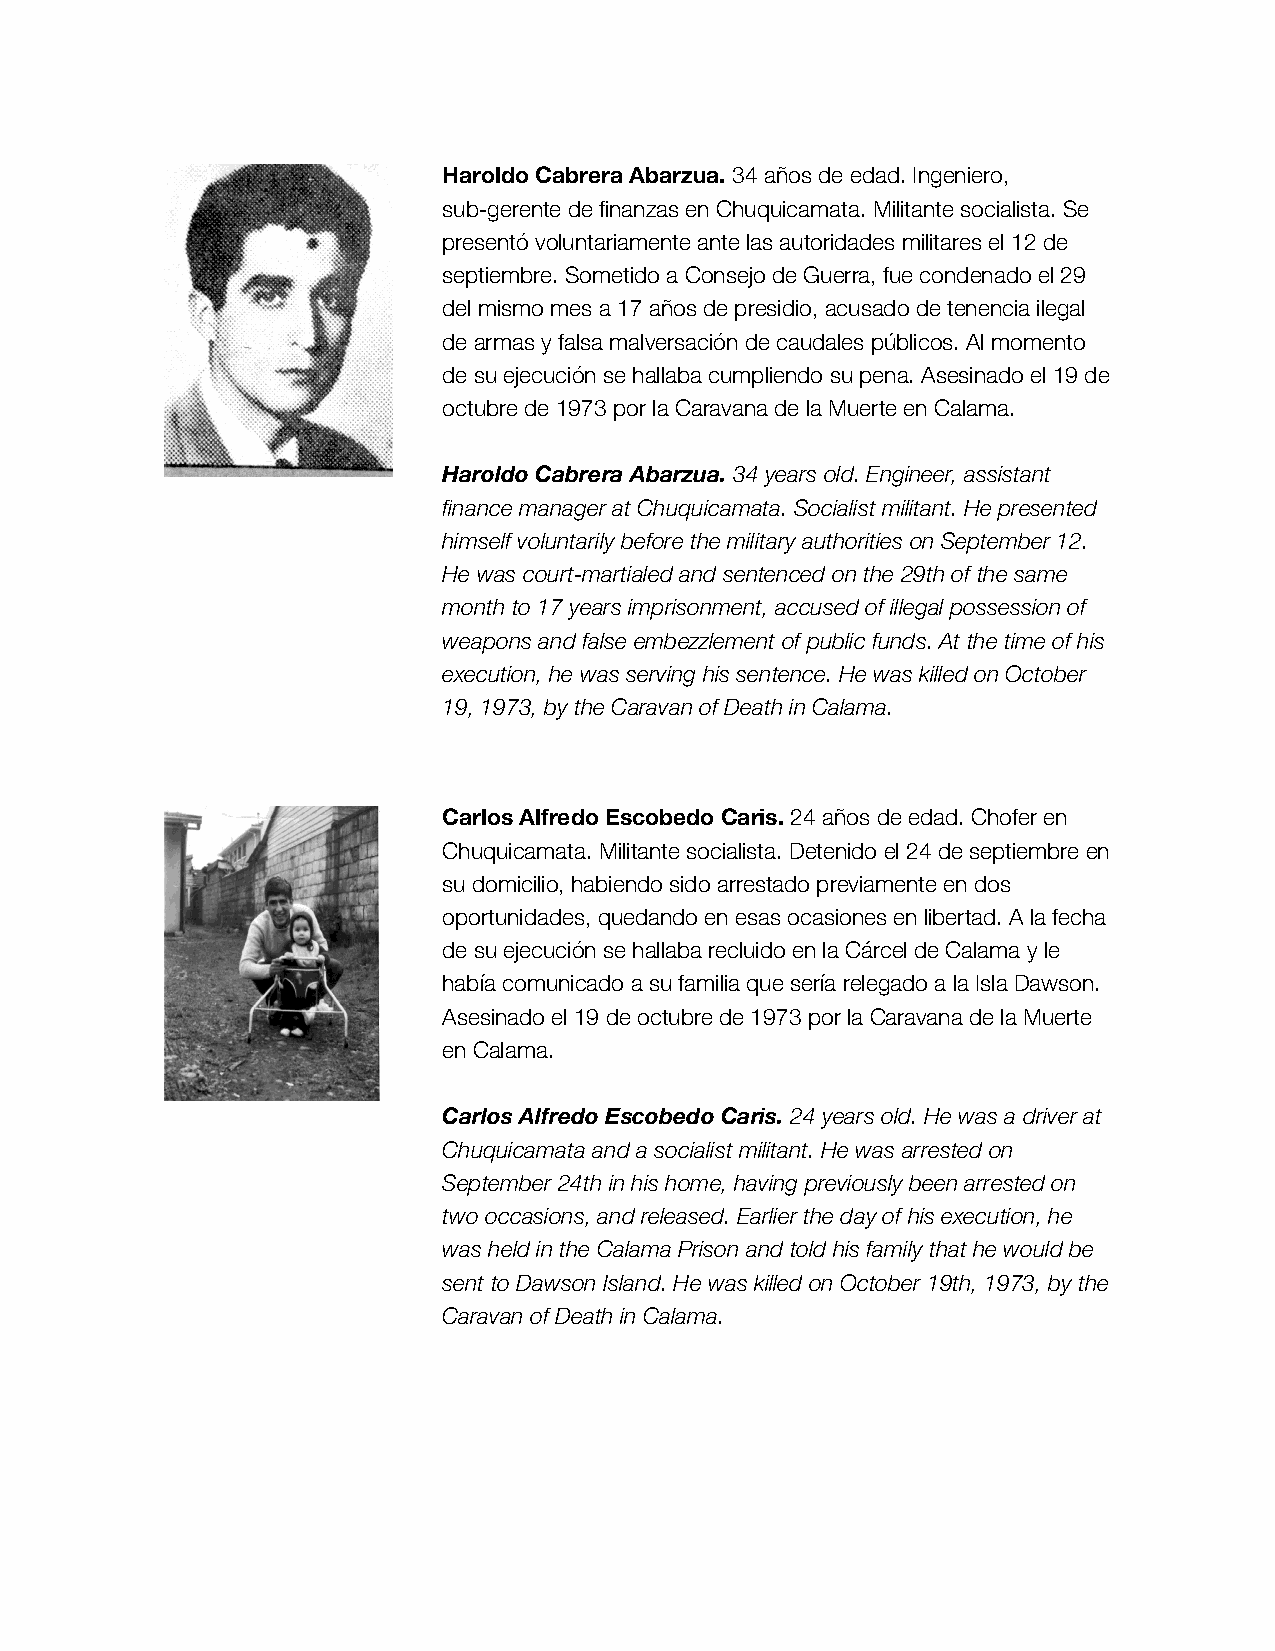
Haroldo Cabrera Abarzua. 34 años de edad. Ingeniero,
 sub-gerente de finanzas en Chuquicamata. Militante socialista. Se
 presentó voluntariamente ante las autoridades militares el 12 de
 septiembre. Sometido a Consejo de Guerra, fue condenado el 29
 del mismo mes a 17 años de presidio, acusado de tenencia ilegal
 de armas y falsa malversación de caudales públicos. Al momento
 de su ejecución se hallaba cumpliendo su pena. Asesinado el 19 de
 octubre de 1973 por la Caravana de la Muerte en Calama.
 Haroldo Cabrera Abarzua. 34 years old. Engineer, assistant
 finance manager at Chuquicamata. Socialist militant. He presented
 himself voluntarily before the military authorities on September 12.
 He was court-martialed and sentenced on the 29th of the same
 month to 17 years imprisonment, accused of illegal possession of
 weapons and false embezzlement of public funds. At the time of his
 execution, he was serving his sentence. He was killed on October
 19, 1973, by the Caravan of Death in Calama.
 Carlos Alfredo Escobedo Caris. 24 años de edad. Chofer en
 Chuquicamata. Militante socialista. Detenido el 24 de septiembre en
 su domicilio, habiendo sido arrestado previamente en dos
 oportunidades, quedando en esas ocasiones en libertad. A la fecha
 de su ejecución se hallaba recluido en la Cárcel de Calama y le
 había comunicado a su familia que sería relegado a la Isla Dawson.
 Asesinado el 19 de octubre de 1973 por la Caravana de la Muerte
 en Calama.
 Carlos Alfredo Escobedo Caris. 24 years old. He was a driver at
 Chuquicamata and a socialist militant. He was arrested on
 September 24th in his home, having previously been arrested on
 two occasions, and released. Earlier the day of his execution, he
 was held in the Calama Prison and told his family that he would be
 sent to Dawson Island. He was killed on October 19th, 1973, by the
 Caravan of Death in Calama.